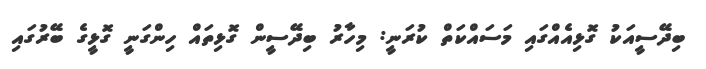
ބިދޭސީއަކު ގޮޅިއެއްގައި މަސައްކަތް ކުރަނީ: މިހާރު ބިދޭސީން ގޮޅިތައް ހިންގަނީ ގޮޅީގެ ބޭރުގައި